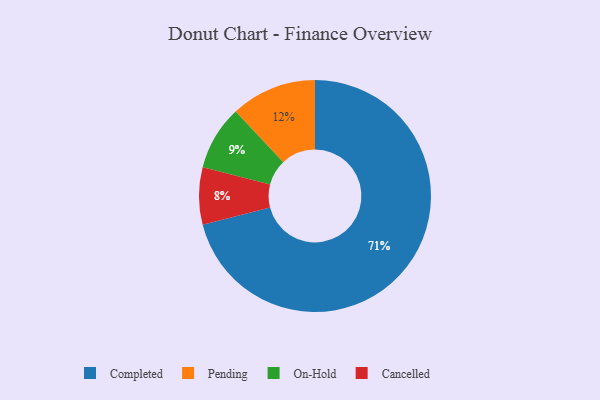
{"axis": {"x": "Category", "y": "Percentage"}, "legend": ["Cancelled", "Completed", "On-Hold", "Pending"], "data": [{"x": "Pending", "y": 12, "type": "Pending"}, {"x": "Cancelled", "y": 8, "type": "Cancelled"}, {"x": "On-Hold", "y": 9, "type": "On-Hold"}, {"x": "Completed", "y": 71, "type": "Completed"}]}